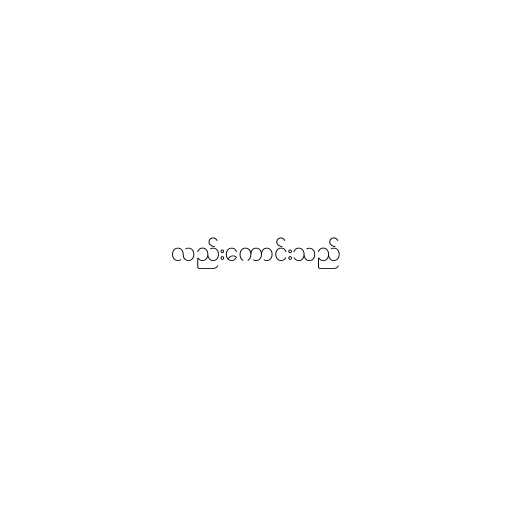
လည်းကောင်းသည်